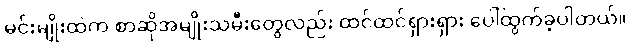
မင်းမျိုးထဲက စာဆိုအမျိုးသမီးတွေလည်း ထင်ထင်ရှားရှား ပေါ်ထွက်ခဲ့ပါတယ်။